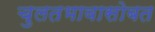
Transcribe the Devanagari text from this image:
चुलतभावासोबत